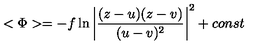
< \Phi > = - f \ln { \left| \frac { ( z - u ) ( z - v ) } { ( u - v ) ^ { 2 } } \right| ^ { 2 } } + c o n s t